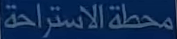
محطة الاستراحة